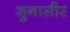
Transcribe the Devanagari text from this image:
शुनासीर